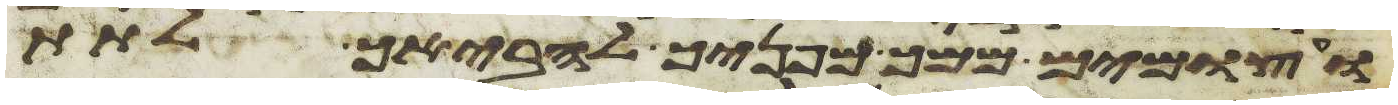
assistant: ועצמים ממך מפניך להביאך לתת